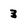
Character: 3